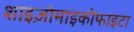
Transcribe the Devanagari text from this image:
शाइज़ोमाइकोफाइटा